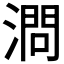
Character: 𣼶